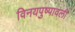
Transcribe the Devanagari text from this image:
विनयपुष्पावली